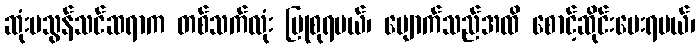
ဆုံးမသွန်သင်ဆရာက တစ်သက်လုံး ပြုစုရမယ်၊ ပျောက်သည်အထိ စောင့်ဆိုင်းပေးရမယ်၊